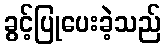
ခွင့်ပြုပေးခဲ့သည်